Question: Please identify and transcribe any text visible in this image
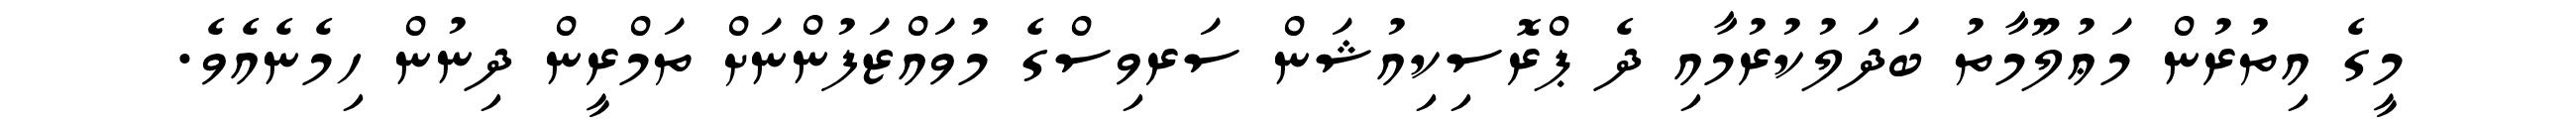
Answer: މީގެ އިތުރުން މަޢުލޫމާތު ބަދަލުކުރުމާއި ދެ ޕްރޮސިކިއުޝަން ސަރވިސްގެ މުވައްޒަފުންނަށް ތަމްރީން ދިނުން ހިމެނެއެވެ.